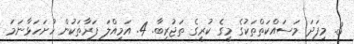
3. މިފަދަ މަސައްކަތްތަކުގެ މީގެ ކުރީގެ ތަޖުރިބާ. 4. އަމިއްލަ ފަރާތަކުން ހުށަހަޅާނަމަ